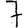
Digit: 7